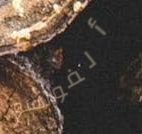
ألفونسو